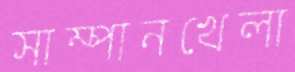
সাম্পানখেলা